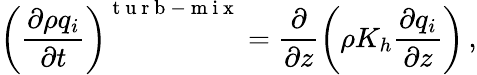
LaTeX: \left(\frac{\partial\rho q_{i}}{\partial t}\right)^{\mathrm{~t~u~r~b~-~m~i~x~}}=\frac{\partial}{\partial z}\left(\rho K_{h}\frac{\partial q_{i}}{\partial z}\right)\, ,